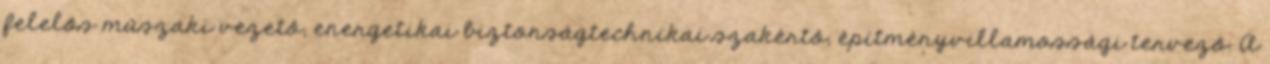
felelôs mûszaki vezetô, energetikai biztonságtechnikai szakértô, építményvillamossági tervezô. A